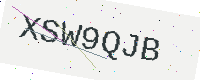
Text: XSW9QJB